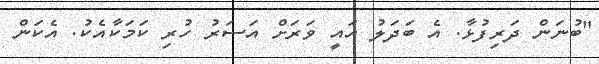
"ބުނަން ދަރިފުޅާ. އެ ބަދަލު އައީ ވަރަށް އަސަރު ހުރި ކަމަކާއެކު. އެކަން